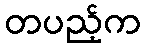
တပည့်က